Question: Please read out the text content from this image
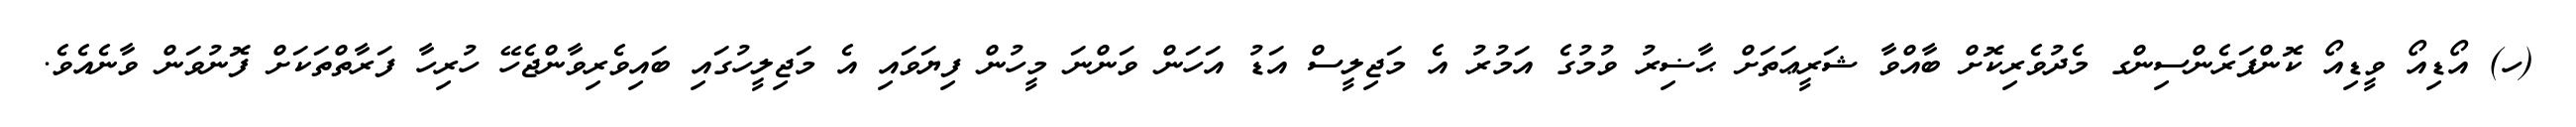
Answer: (ހ) އޯޑިއޯ ވީޑިއޯ ކޮންފަރެންސިންގ މެދުވެރިކޮށް ބާއްވާ ޝަރީޢަތަށް ޙާޟިރު ވުމުގެ އަމުރު އެ މަޖިލީސް އަޑު އަހަން ވަންނަ މީހުން ފިޔަވައި އެ މަޖިލީހުގައި ބައިވެރިވާންޖެހޭ ހުރިހާ ފަރާތްތަކަށް ފޮނުވަން ވާނެއެވެ.